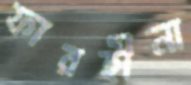
ফারহীনা